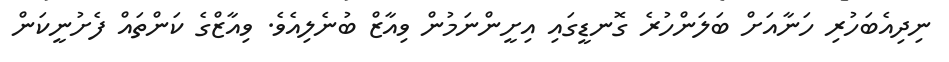
ނިދިއެބަހުރި ހަނާއަށް ބަލަންހުރެ ގޮނޑީގައި އިށީންނަމުން ވިއާޒް ބުނެލިއެވެ. ވިއާޒްގެ ކަންތައް ފެށުނީކަން